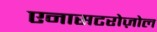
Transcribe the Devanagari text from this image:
एनासटरोज़ोल